Jaan_Tonisson_(Lasteleht), lk 38
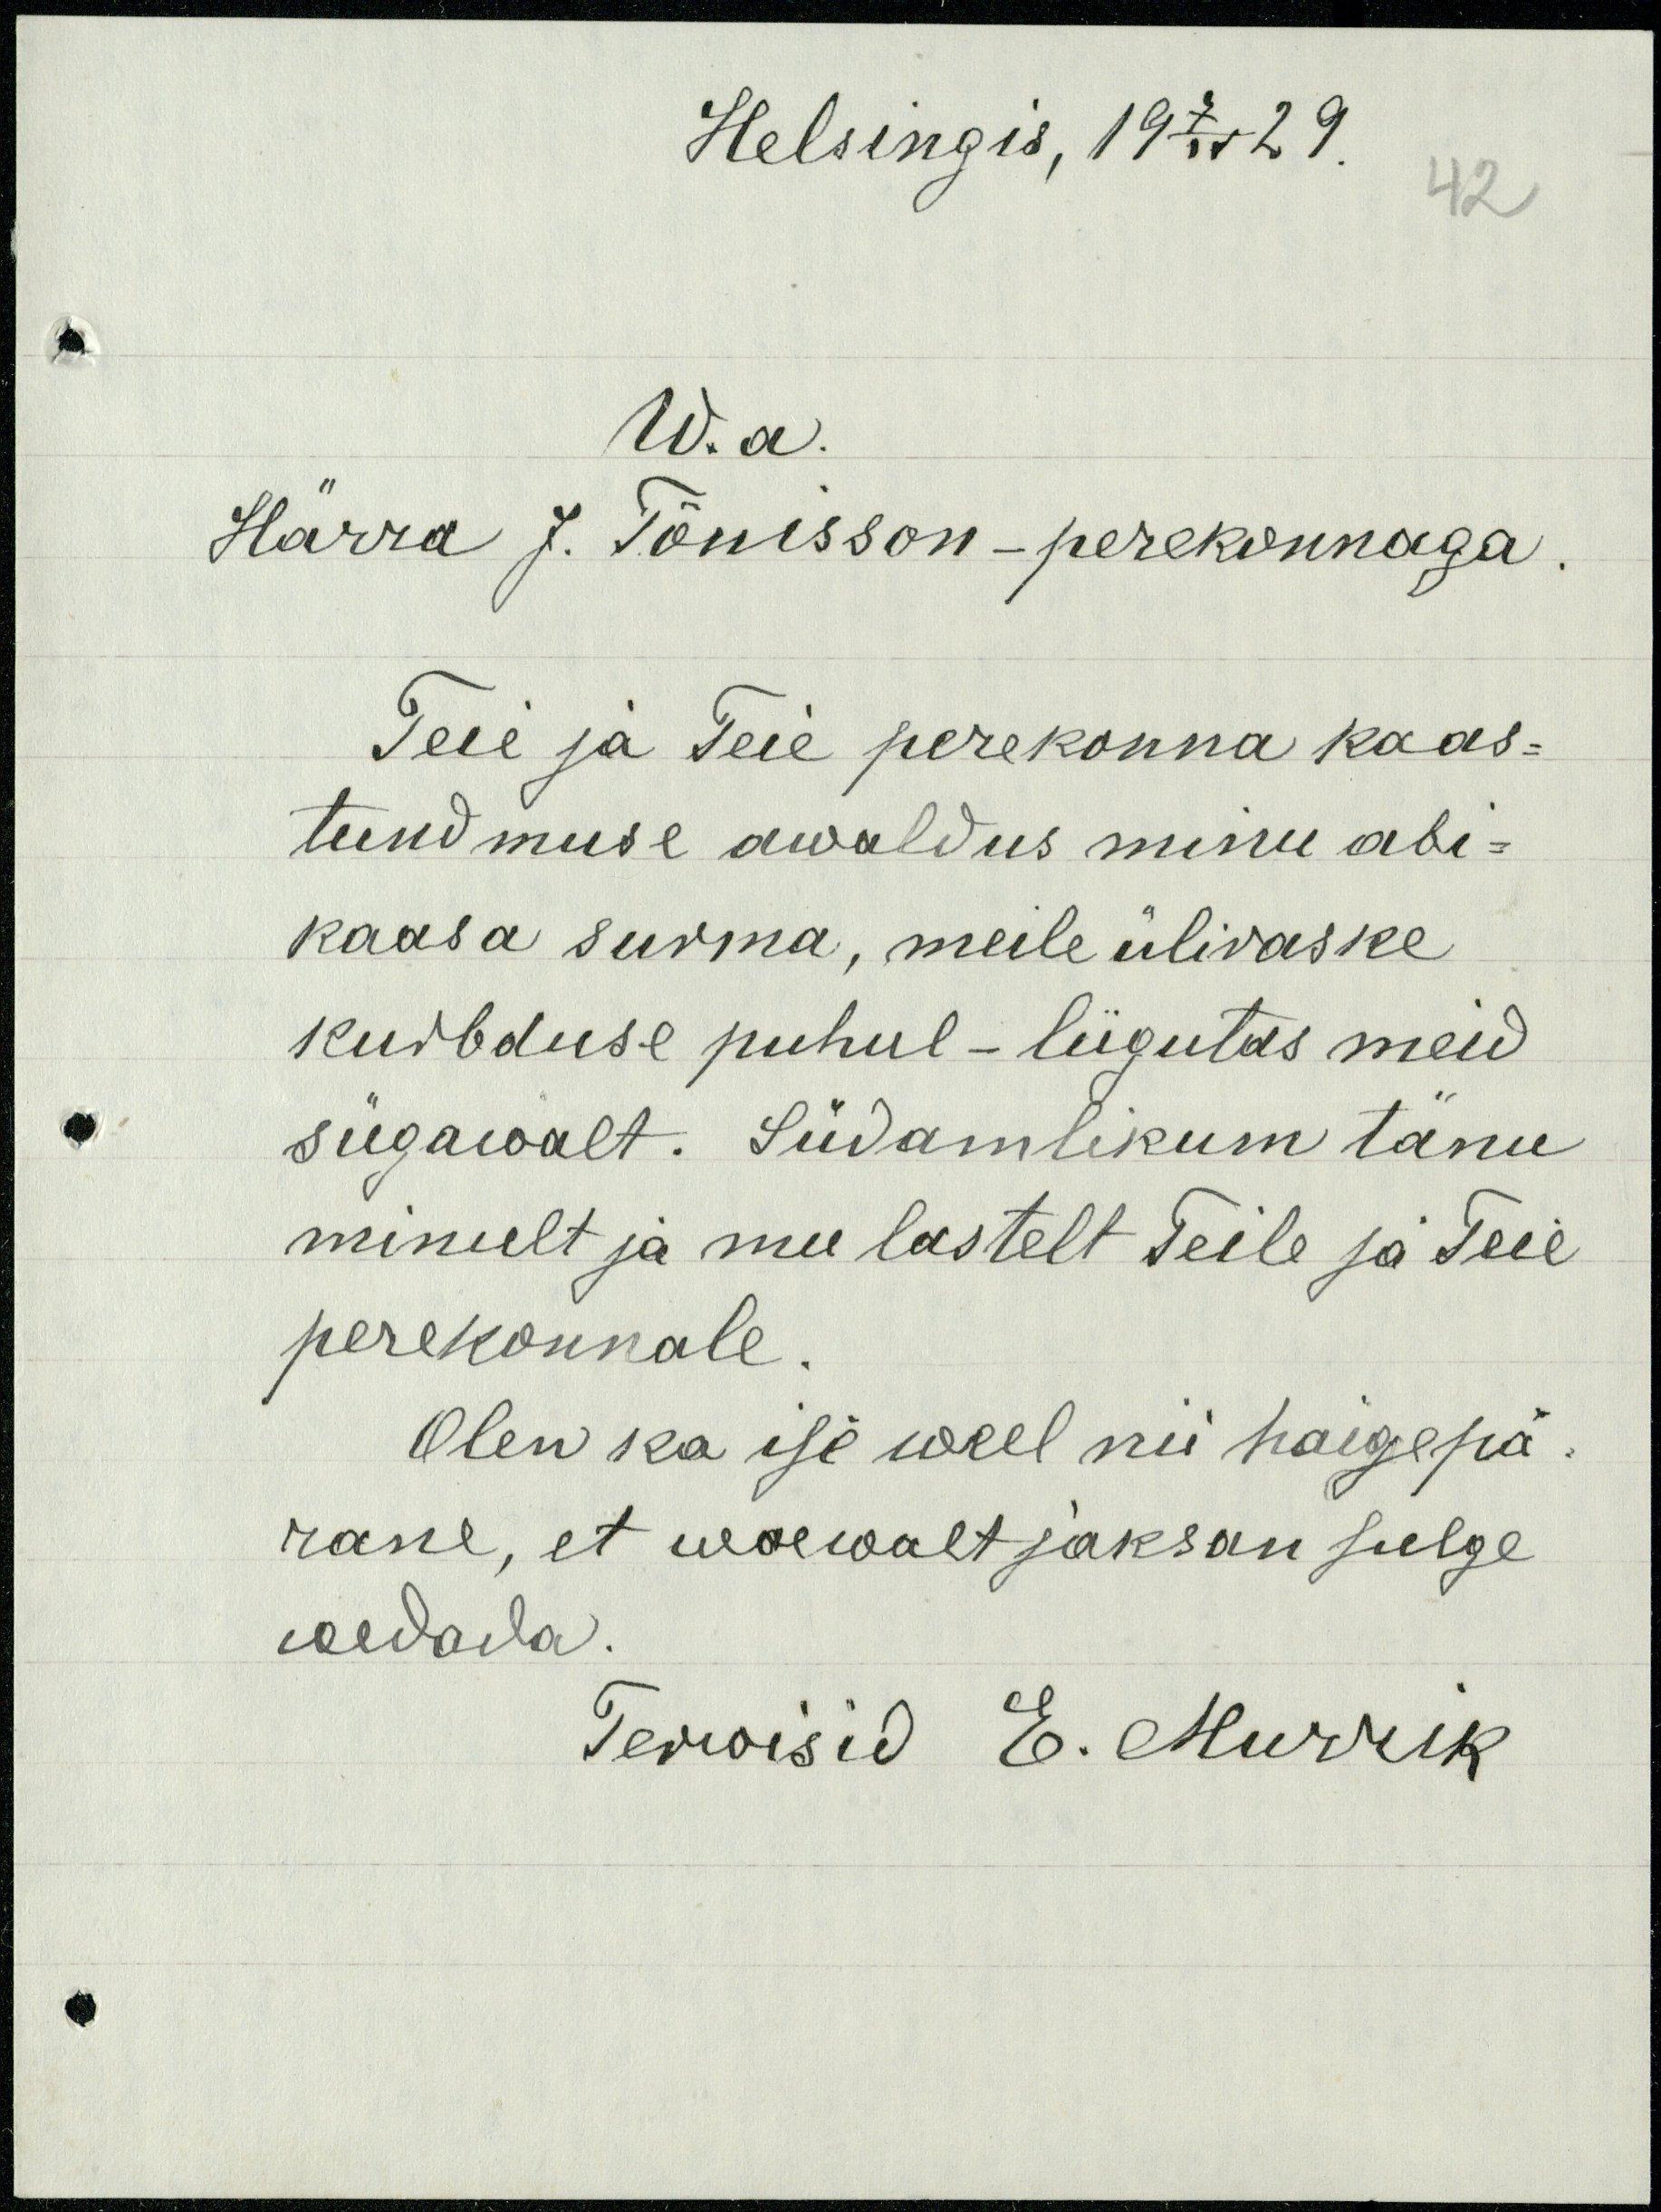
Helsingis, 19 7/IV 29,
42
Wa.
Härra J. Tõnisson-perekonnaga
Teie ja Teie perekonna kaas-
tundmuse awaldus minu abi-
kaasa surma, meile üliraske
kurbduse puhul - liigutas meid
sügawalt. Südamlikum tänu
minult ja mu lastelt Teile ja Teie
perekonnale.
Olen ka ise weel nii haigepä-
rane, et waewalt jaksan sulge
wedada.
Tervisid E.Murrik